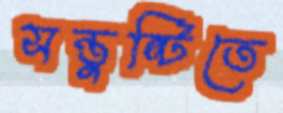
সন্তুষ্টিতে